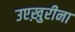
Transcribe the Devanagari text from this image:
उएख़ुरीना